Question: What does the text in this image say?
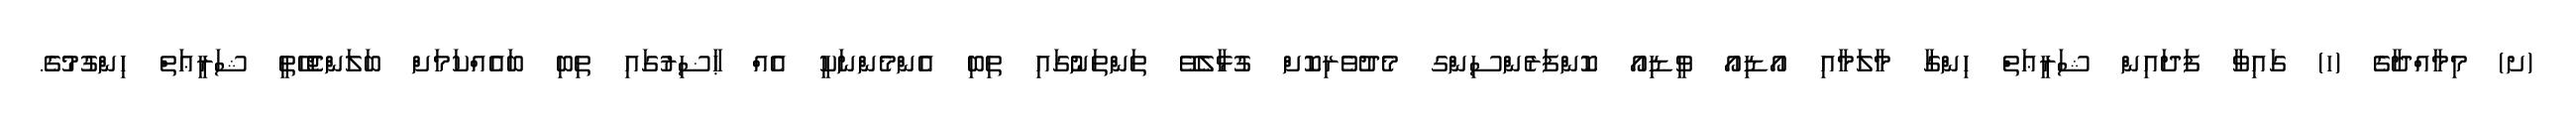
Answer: (ށ) މިމާއްދާގެ (ހ) ގައިވާ ފަދައިން ޝަރީޢަތް ހިންގާ މާލަމާއި އޯޑިއޯ ވީޑިއޯ ކޮންފަރެންސިންގ މެދުވެރިކޮށް ގުޅާލެވޭ ތަންތަނުގައި ތިބި އެންމެންނަކީ އެއް ޙާޟިރުގައި ތިބި ބައެއްކަމަށް ބަލަންޖެހޭތީ ޝަރީޢަތް ހިންގުމުގެ.